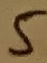
Text: 5